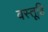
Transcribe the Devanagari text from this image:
वस्तूहि